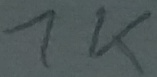
Text: 1K